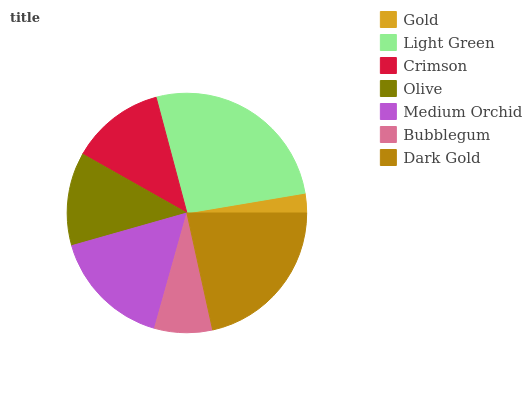
| Gold | Light Green | Crimson | Olive | Medium Orchid | Bubblegum | Dark Gold |
 | --- | --- | --- | --- | --- | --- | --- |
 | 2.66% | 26.5% | 12.7% | 12.6% | 16.3% | 7.82% | 21.5% |